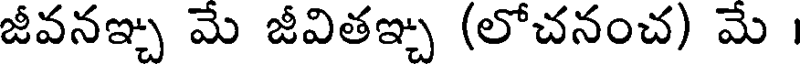
జీవనఞ్చ మే జీవితఞ్చ (లోచనంచ) మే